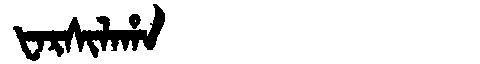
Manchu: ᡶᠠᡵᠰᡳᠯᠠᡥᠠ
Romanization: FARSILAHA